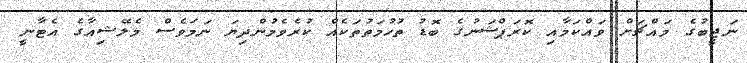
ނަޖީބުގެ މައްޗަށް ވައްކަމާއި ކޮރަޕްޝަނުގެ ބޮޑު ތުހުމަތުތަކެއް ކުރެވެމުންދިޔަ ނަމަވެސް މެލޭޝިއާގެ އެޓާނީ